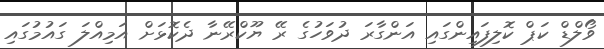
ވޯލްޑް ކަޕް ކޮލިފައިންގައި އަންގާރަ ދުވަހުގެ ރޭ ޔޫކްރޭނާ ދެކޮޅަށް އަމިއްލަ ގައުމުގައި